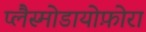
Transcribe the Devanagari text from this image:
प्लैस्मोडायोफ़ोरा